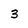
Character: 3